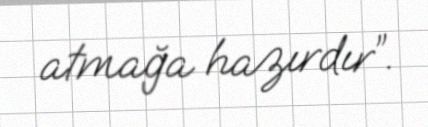
atmağa hazırdır”.